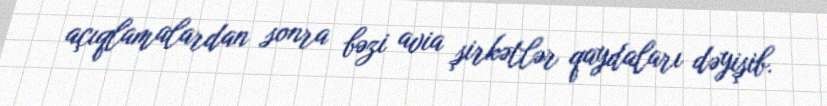
açıqlamalardan sonra bəzi avia şirkətlər qaydaları dəyişib.